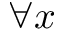
\forall x